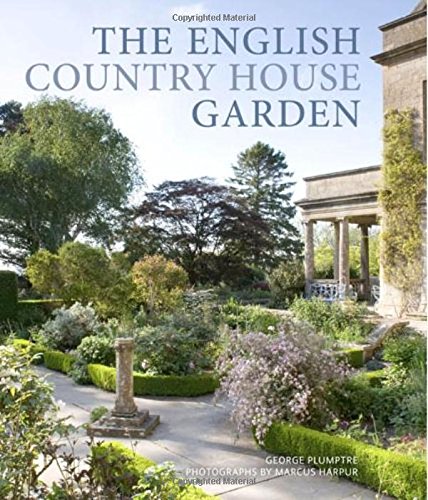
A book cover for The English Country House Garden; Marcus Harpur; Crafts, Hobbies & Home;